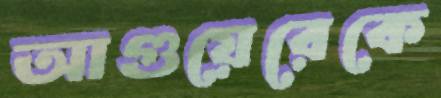
আগুয়েরেকে